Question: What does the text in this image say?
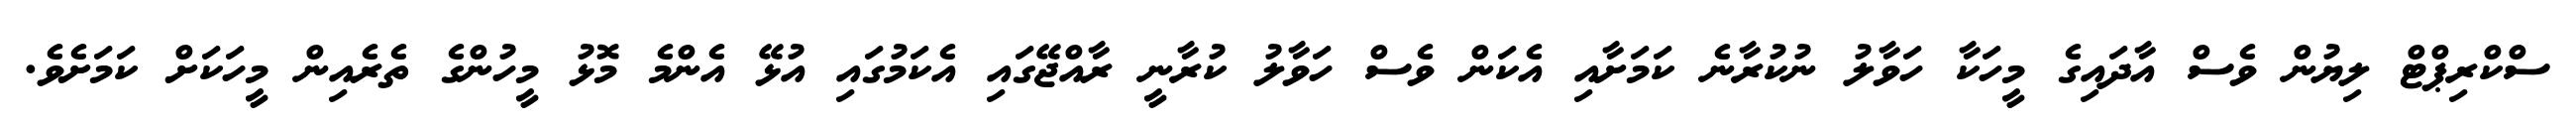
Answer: ސްކްރިޕްޓް ލިޔުން ވެސް އާދައިގެ މީހަކާ ހަވާލު ނުކުރާނެ ކަމަށާއި އެކަން ވެސް ހަވާލު ކުރާނީ ރާއްޖޭގައި އެކަމުގައި އުޅޭ އެންމެ މޮޅު މީހުންގެ ތެރެއިން މީހަކަށް ކަމަށެވެ.